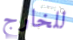
للخارج